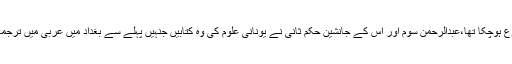
سائنس کی بہت سی شاخوں میں باقاعدہ تصنیف و تالیف کا سلسلہ شروع ہوچکا تھا،عبدالرحمن سوم اور اُس کے جانشین حکم ثانی نے یونانی علوم کی وہ کتابیں جنہیں پہلے سے بغداد میں عربی میں ترجمہ کر لیا گیا تھا وہ اندلس منگوائیں اور ان پر مزید تحقیقات کا حکم دیا۔